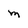
Character: m